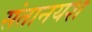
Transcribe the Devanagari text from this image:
संतानयश